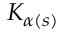
K _ { \alpha ( s ) }